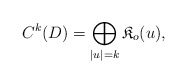
\begin{align*}C^k(D) = \bigoplus_{|u|=k}\mathfrak{K}_o(u),\end{align*}